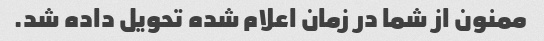
ممنون از شما در زمان اعلام شده تحویل داده شد.